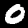
Digit: 0